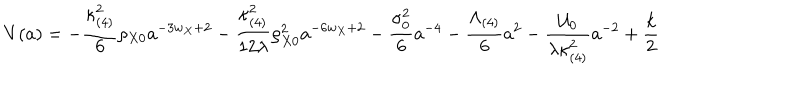
V ( a ) = - \frac { \kappa _ { ( 4 ) } ^ { 2 } } { 6 } \rho _ { X 0 } a ^ { - 3 w _ { X } + 2 } - \frac { \kappa _ { ( 4 ) } ^ { 2 } } { 1 2 \lambda } \rho _ { X 0 } ^ { 2 } a ^ { - 6 w _ { X } + 2 } - \frac { \sigma _ { 0 } ^ { 2 } } { 6 } a ^ { - 4 } - \frac { \Lambda _ { ( 4 ) } } { 6 } a ^ { 2 } - \frac { { \cal U } _ { 0 } } { \lambda \kappa _ { ( 4 ) } ^ { 2 } } a ^ { - 2 } + \frac { k } { 2 }